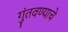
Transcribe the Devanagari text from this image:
गुंतवण्याचे